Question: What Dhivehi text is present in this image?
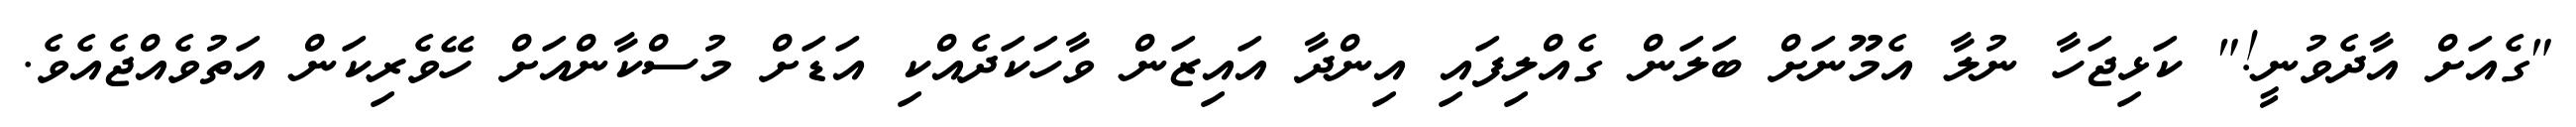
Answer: "ގެއަށް އާދެވުނީ!" ކަޅިޖަހާ ނުލާ އެމޫނަށް ބަލަން ގެއްލިފައި އިންދާ އައިޒަން ވާހަކަދެއްކި އަޑަށް މުސްކާންއަށް ހޭވެރިކަން އަތުވެއްޖެއެވެ.